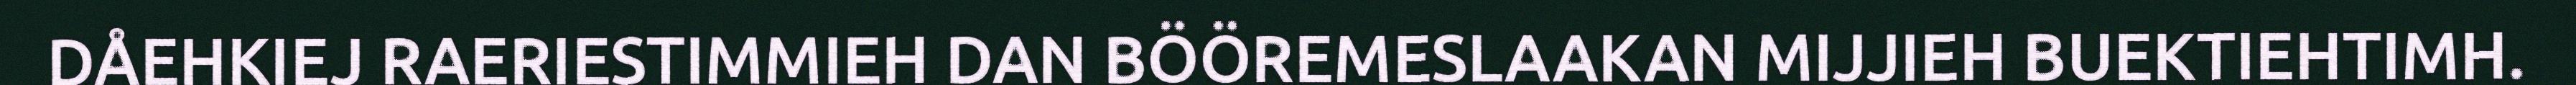
DÅEHKIEJ RAERIESTIMMIEH DAN BÖÖREMESLAAKAN MIJJIEH BUEKTIEHTIMH.